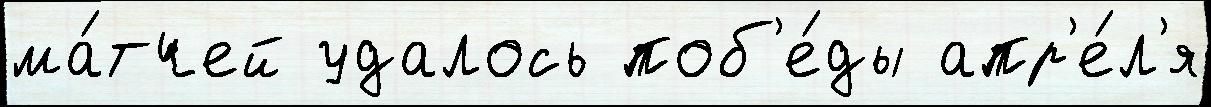
ма́тчей удалось поб'е́ды апр'е́л'я